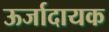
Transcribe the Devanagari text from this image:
ऊर्जादायक